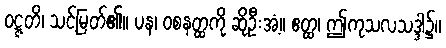
ဝဋ္ဋတိ၊ သင့်မြတ်၏။ ပန၊ ဝစနတ္ထကို ဆိုဦးအံ့။ ဧတ္ထ၊ ဤကုသလသဒ္ဒါ၌။